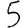
Digit: 5